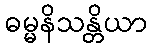
ဓမ္မနိသန္တိယာ